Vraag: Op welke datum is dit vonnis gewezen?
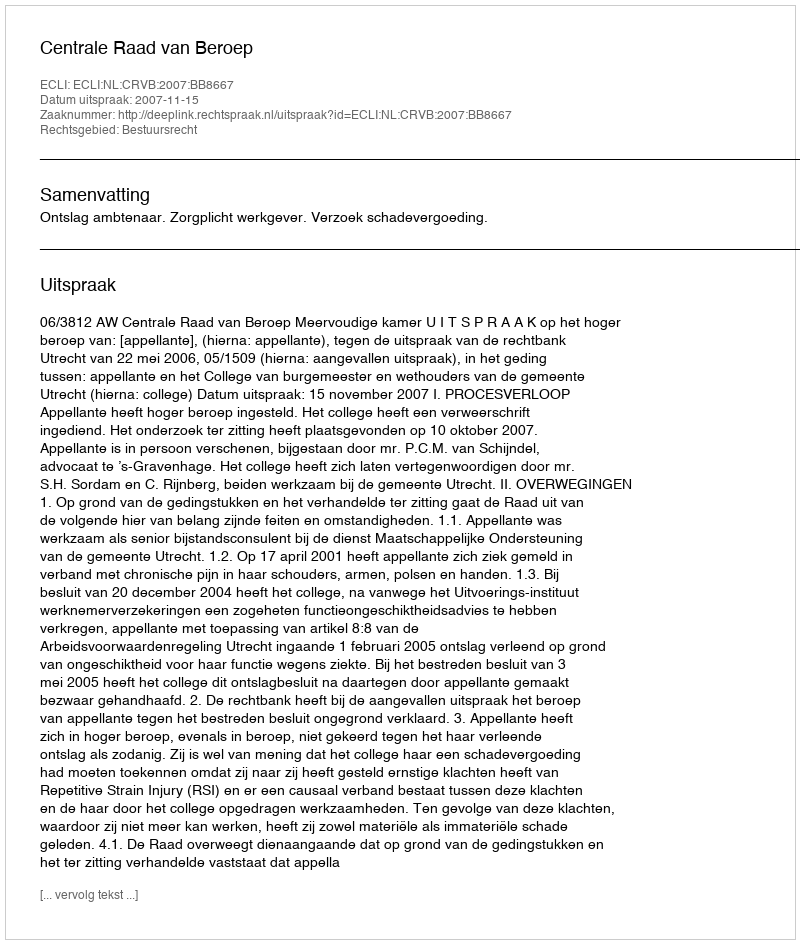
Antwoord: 2007-11-15